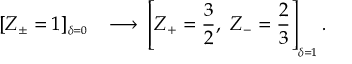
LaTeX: \left[ Z _ { \pm } = 1 \right] _ { ^ { _ { _ { \delta = 0 } } } } \ \ \longrightarrow \, \left[ Z _ { + } = \frac { 3 } { 2 } , \ Z _ { - } = \frac { 2 } { 3 } \right] _ { _ { \delta = 1 } } .